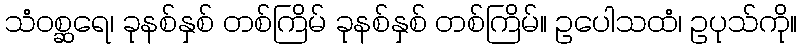
သံဝစ္ဆရေ၊ ခုနစ်နှစ် တစ်ကြိမ် ခုနစ်နှစ် တစ်ကြိမ်။ ဥပေါသထံ၊ ဥပုသ်ကို။